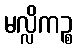
မလ္လိကဉ္စ